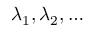
\lambda _ { 1 } , \lambda _ { 2 } , \ldots